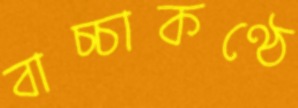
বাচ্চাকণ্ঠে